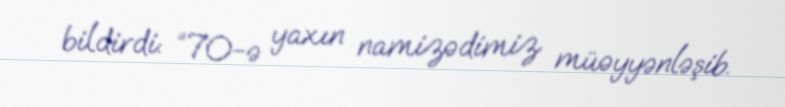
bildirdi: “70-ə yaxın namizədimiz müəyyənləşib.